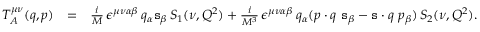
\begin{array} { r l r } { T _ { A } ^ { \mu \nu } ( q , p ) } & { = } & { \frac { i } { M } \, \epsilon ^ { \mu \nu \alpha \beta } \, q _ { \alpha } \mathtt { s } _ { \beta } \, S _ { 1 } ( \nu , Q ^ { 2 } ) + \frac { i } { M ^ { 3 } } \, \epsilon ^ { \mu \nu \alpha \beta } \, q _ { \alpha } ( p \cdot q \ \mathtt { s } _ { \beta } - \mathtt { s } \cdot q \ p _ { \beta } ) \, S _ { 2 } ( \nu , Q ^ { 2 } ) . } \end{array}